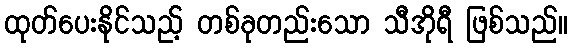
ထုတ်ပေးနိုင်သည့် တစ်ခုတည်းသော သီအိုရီ ဖြစ်သည်။